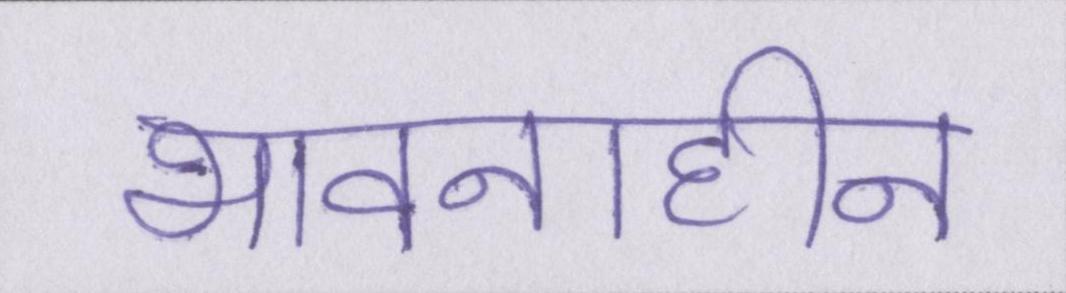
भावनाहीन